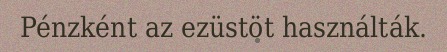
Pénzként az ezüstöt használták.